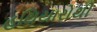
હથિયારોથી